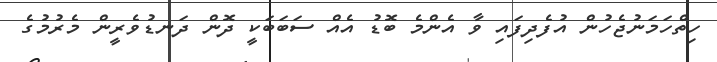
ހިތްހަމަނުޖެހުން އުފެދިފައި ވާ އެންމެ ބޮޑު އެއް ސަބަބަކީ ދޮން ދަނޑުވެރީން މެރުމުގެ